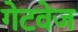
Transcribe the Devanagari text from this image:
गेटवेज